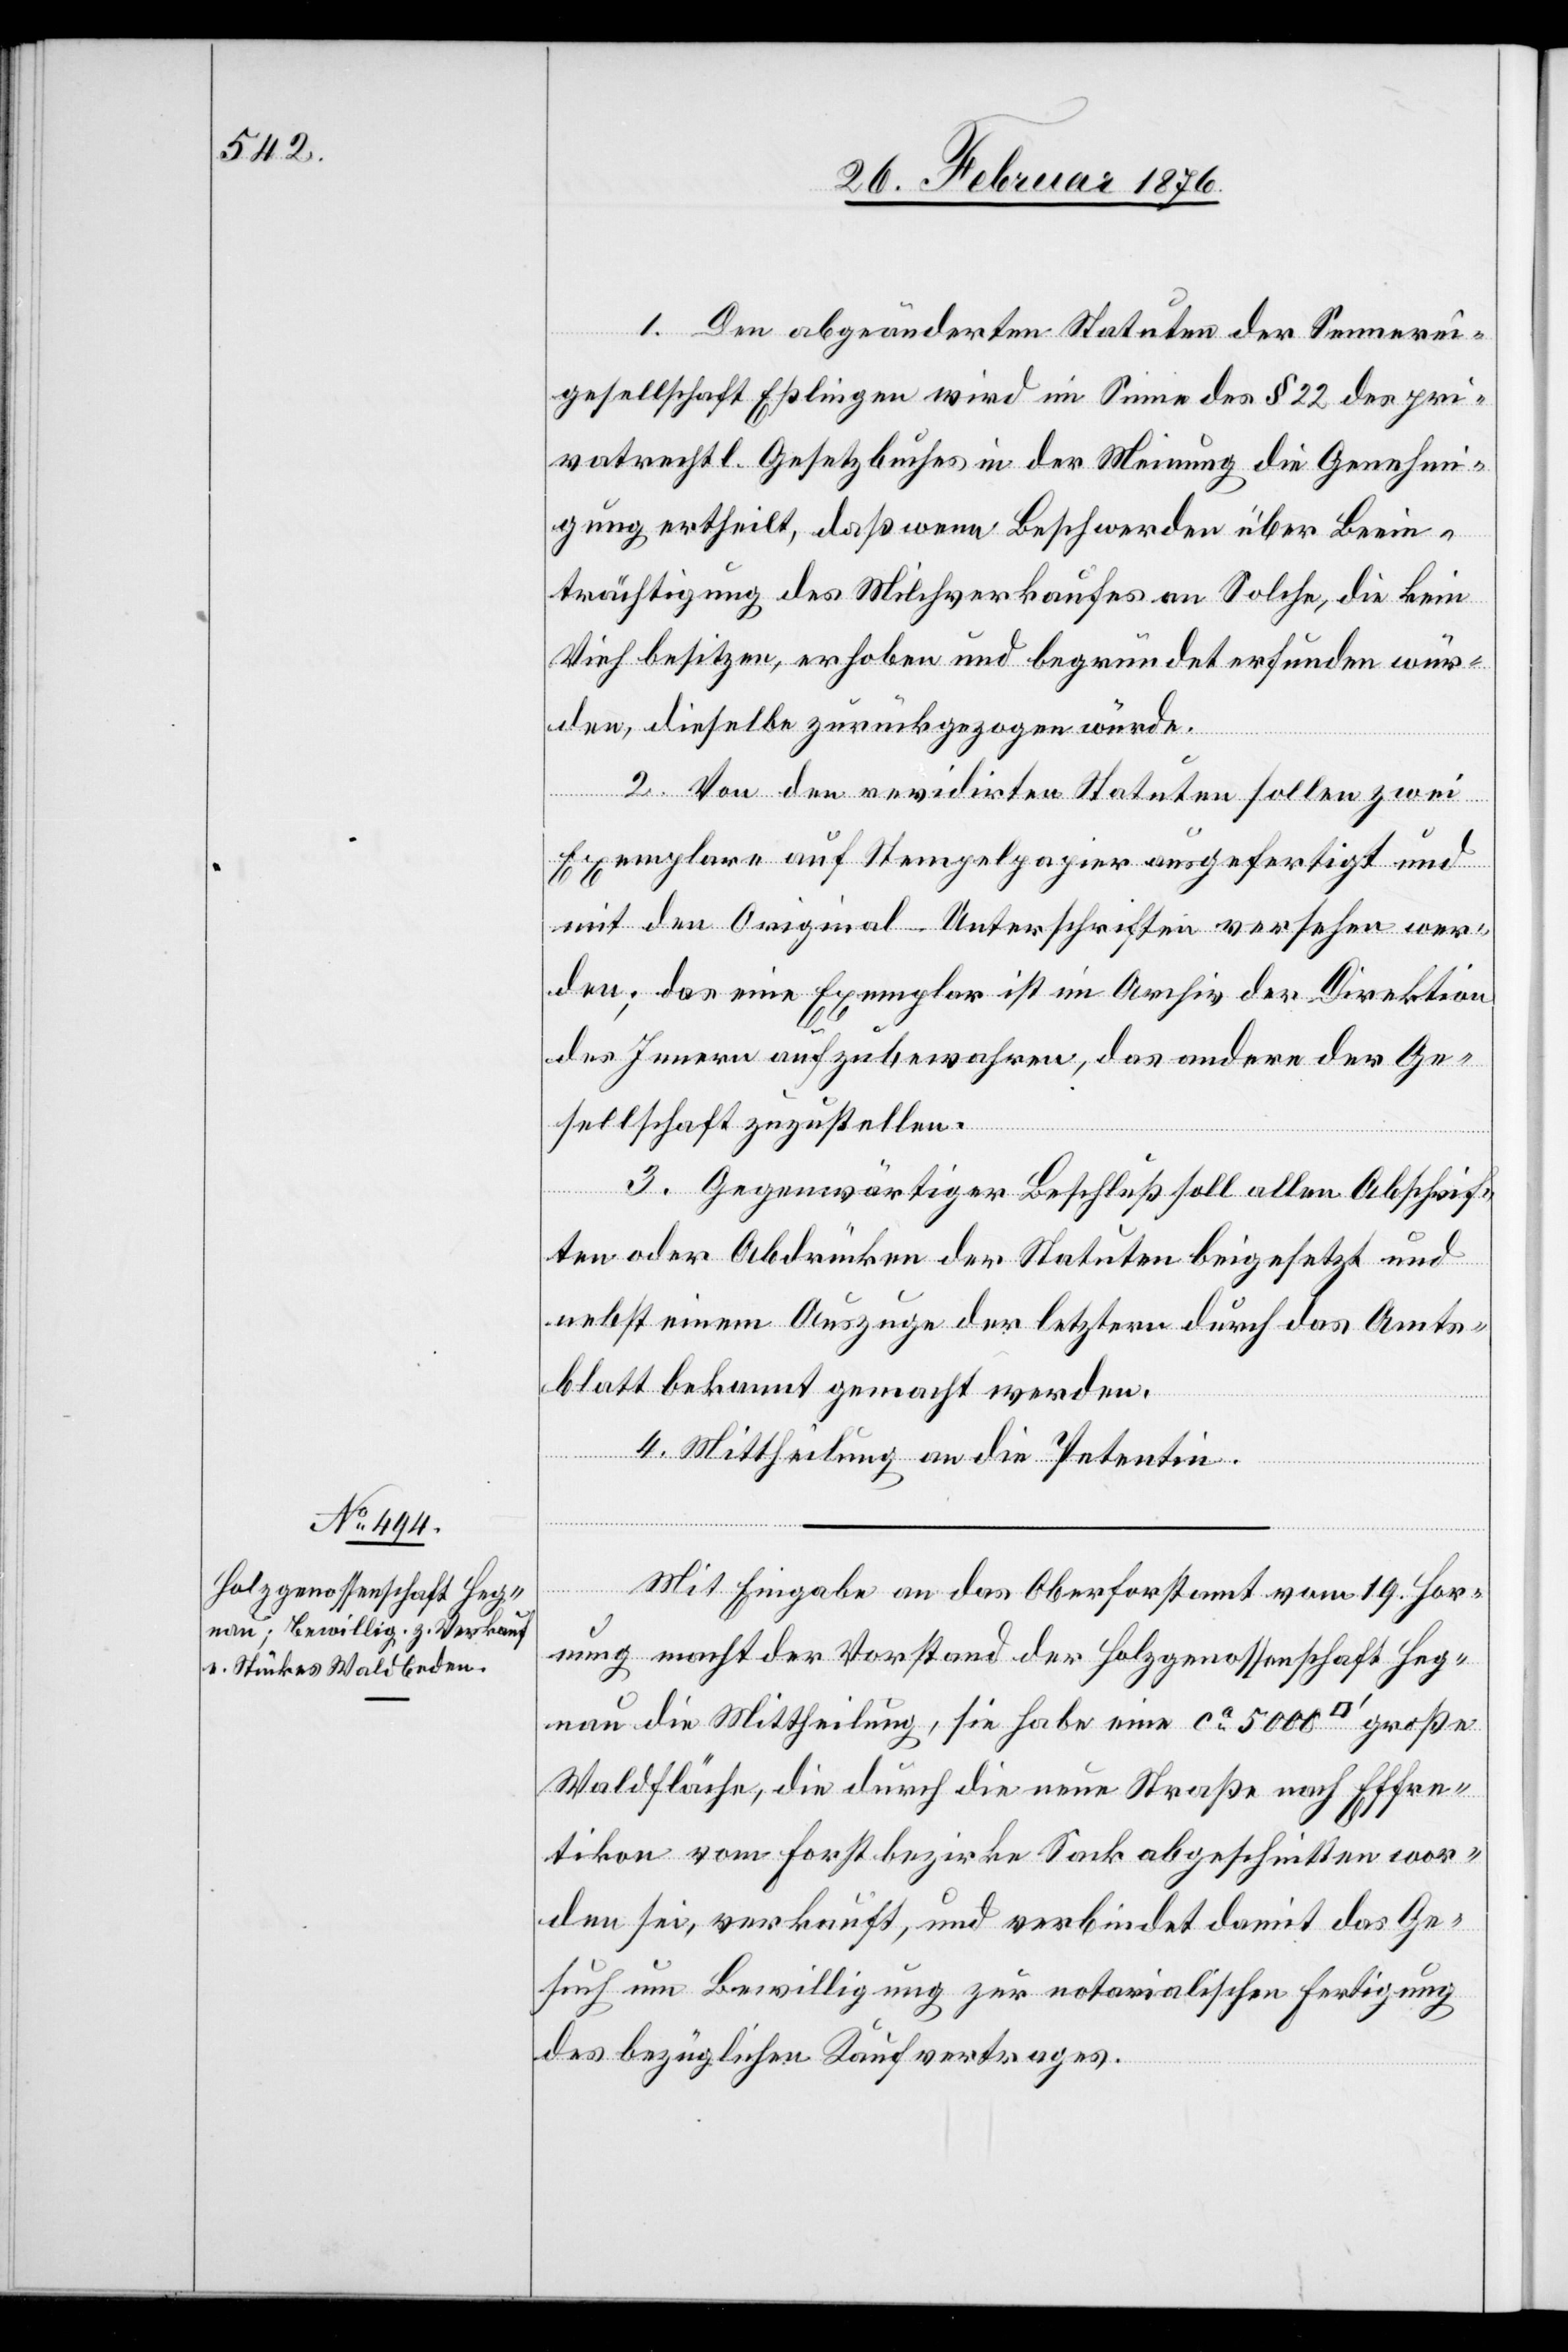
1. Den abgeänderten Statuten der Sennerei¬
gesellschaft Eßlingen wird im Sinne des § 22 der pri¬
vatrechtl. Gesetzbuches in der Meinung die Genehmi¬
gung ertheilt, daß wenn Beschwerden über Beein¬
trächtigung des Milchverkaufes an Solche, die kein
Vieh besitzen, erhoben und begründet erfunden wür¬
den, dieselbe zurückgezogen würde.
2. Von den revidirten Statuten sollen zwei
Exemplare auf Stempelpapier ausgefertigt und
mit den Original-Unterschriften versehen wer¬
den; das eine Exemplar ist im Archiv der Direktion
des Innern aufzubewahren, das andere der Ge¬
sellschaft zuzustellen.
3. Gegenwärtiger Beschluß allen Abschrif¬
ten oder Abdrücken der Statuten beigesetzt und
nebst einem Auszuge der letztern durch das Amts¬
blatt bekannt gemacht werden.
4. Mittheilung an die Petentin.
Mit Eingabe an das Oberforstamt vom 19. Hor¬
nung macht der Vorstand der Holzgenossenschaft Heg¬
nau die Mittheilung, sie habe eine ca 5000 Quadratfuß große
Waldfläche, die durch die neue Straße nach Effre¬
tikon vom Forstbezirke Sack abgeschnitten wor¬
den sei, verkauft, und verbindet damit das Ge¬
such um Bewilligung zur notarialischen Fertigung
des bezüglichen Kaufvertrages.